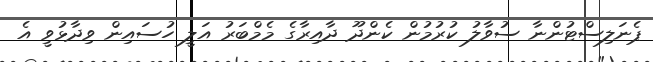
ޕެނަލިސްޓުންނާ ސުވާލު ކުރުމުން ކެންދޫ ދާއިރާގެ މެމްބަރު އަލީ ހުސައިން ވިދާޅުވީ އެ